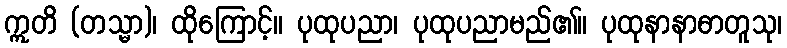
ဣတိ (တသ္မာ)၊ ထိုကြောင့်။ ပုထုပညာ၊ ပုထုပညာမည်၏။ ပုထုနာနာဓာတူသု၊